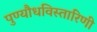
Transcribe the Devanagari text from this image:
पुण्यौधविस्तारिणी